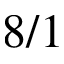
8 / 1